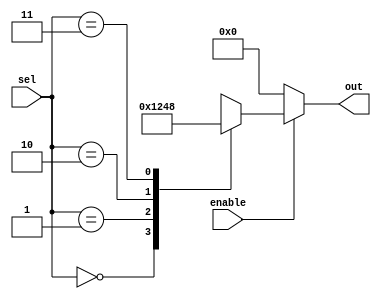
module decoder2x4_enable(input [1:0] sel, input enable, output reg [3:0] out);

    always @(sel, enable) begin
        if (enable) begin
            case(sel)
                2'b00: out = 4'b0001;
                2'b01: out = 4'b0010;
                2'b10: out = 4'b0100;
                2'b11: out = 4'b1000;
            endcase
        end else begin
            out = 4'b0000;
        end
    end

endmodule